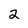
Character: 2